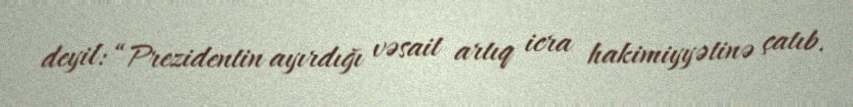
deyil: “Prezidentin ayırdığı vəsait artıq icra hakimiyyətinə çatıb.